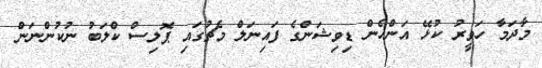
މާދަމާ ހަވީރު ކުޅޭ އަންހެން ޑިވިޝަންގެ ފައިނަލް މެޗުގައި ޕޮލިސް ކްލަބު ނުކުންނަން